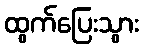
ထွက်ပြေးသွား